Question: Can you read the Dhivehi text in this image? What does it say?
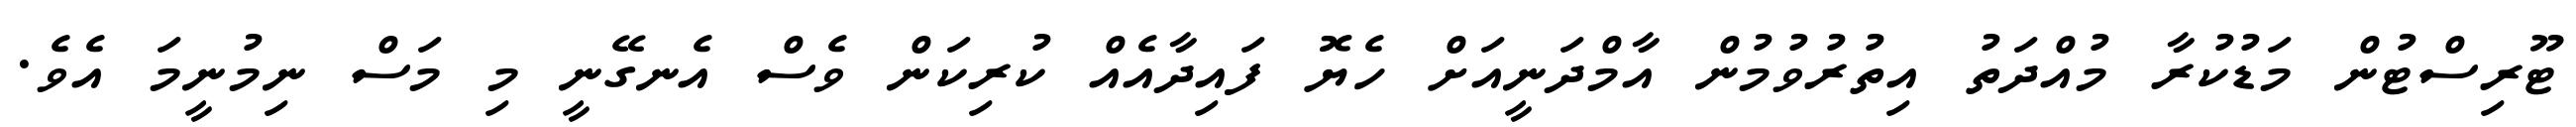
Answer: ޓޫރިސްޓުން މަޑުކުރާ މުއްދަތު އިތުރުވުމުން އާމްދަނީއަށް ހެޔޮ ފައިދާއެއް ކުރިކަން ވެސް އެނގޭނީ މި މަސް ނިމުނީމަ އެވެ.